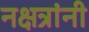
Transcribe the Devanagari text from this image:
नक्षत्रांनी